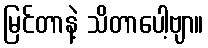
မြင်တာနဲ့ သိတာပေါ့ဗျာ။